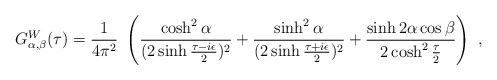
LaTeX: \begin{align*}G^{W}_{\alpha,\beta}(\tau)= {1\over 4\pi^{2}}~\left( {\cosh^{2}\alpha\over (2\sinh {\tau-i\epsilon\over 2})^{2}}+{\sinh^{2}\alpha\over (2\sinh {\tau+i\epsilon\over 2})^{2}}+ {\sinh 2\alpha \cos\beta\over 2\cosh^{2}{\tau\over 2}}\right)~,\end{align*}